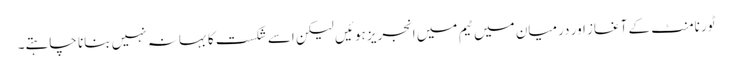
ٹورنامنٹ کے آغاز اور درمیان میں ٹیم میں انجریز ہوئیں لیکن اسے شکست کا بہانہ نہیں بنانا چاہتے۔